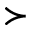
\succ